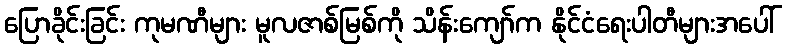
ပြောခိုင်းခြင်း ကုမဏီများ မူလဇာစ်မြစ်ကို သိန်းကျော်က နိုင်ငံရေးပါတီများအပေါ်